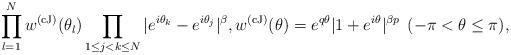
LaTeX: \begin{align*}\prod_{l=1}^N w^{(\rm cJ)}(\theta_l) \prod_{1 \le j < k \le N} | e^{i \theta_k} - e^{i \theta_j} |^\beta, w^{(\rm cJ)}(\theta) = e^{q \theta} |1 + e^{i \theta} |^{\beta p} \: \: (-\pi < \theta \le \pi),\end{align*}